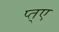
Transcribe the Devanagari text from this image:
प्त्ए